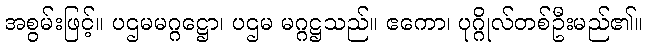
အစွမ်းဖြင့်။ ပဌမမဂ္ဂဋ္ဌော၊ ပဌမ မဂ္ဂဋ္ဌသည်။ ဧကော၊ ပုဂ္ဂိုလ်တစ်ဦးမည်၏။